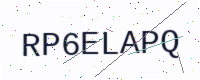
Text: RP6ELAPQ